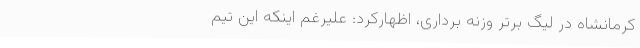
کرمانشاه در لیگ برتر وزنه برداری، اظهارکرد: علیرغم اینکه این تیم